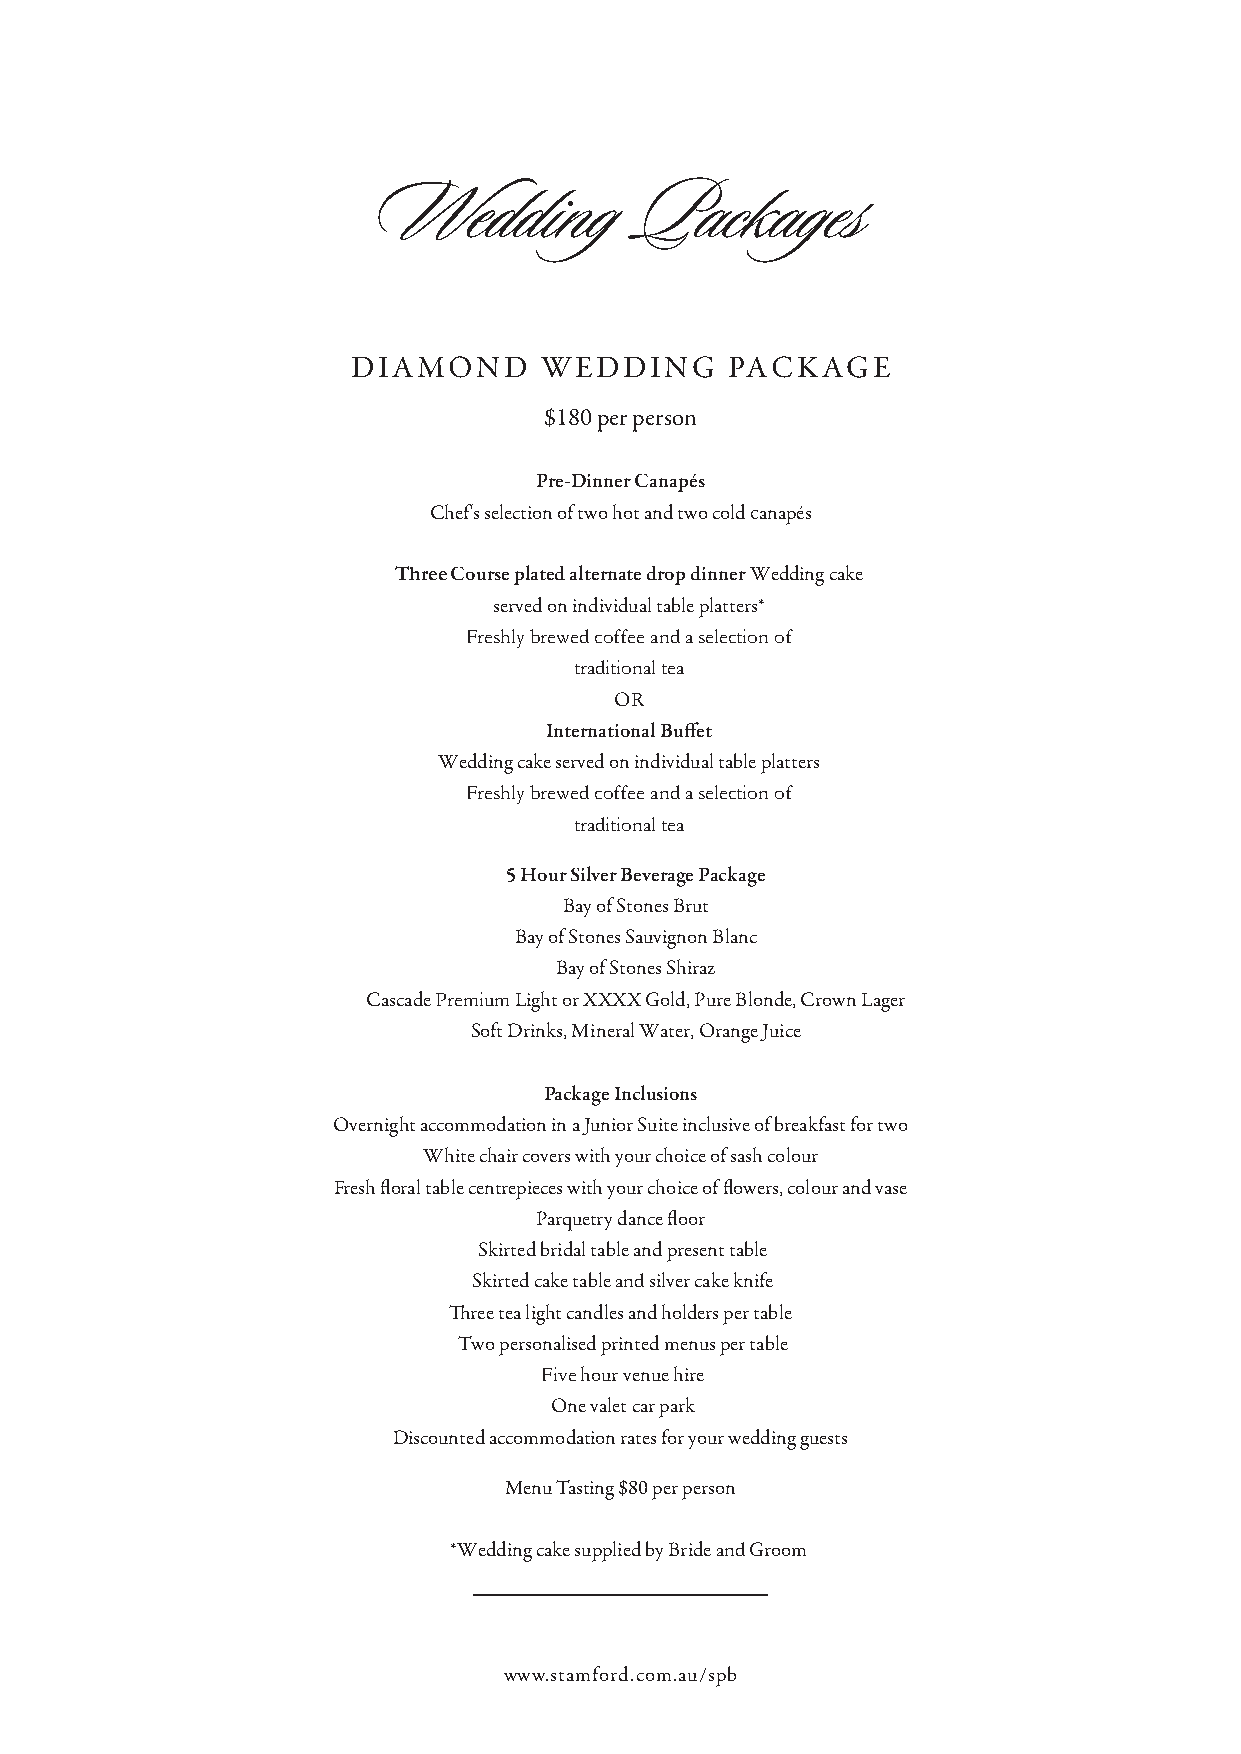
Wedding          Packages
 DIAMOnD      WEDDInG     PACKAGE
 $180 per person
 Pre-Dinner Canapés
 Chef's selection of two hot and two cold canapés
 Three Course plated alternate drop dinner Wedding cake
 served on individual table platters*
 Freshly brewed coffee and a selection of
 traditional tea
 OR
 International Buffet
 Wedding cake served on individual table platters
 Freshly brewed coffee and a selection of
 traditional tea
 5 Hour Silver Beverage Package
 Bay of Stones Brut
 Bay of Stones Sauvignon Blanc
 Bay of Stones Shiraz
 Cascade Premium Light or XXXX Gold, Pure Blonde, Crown Lager
 Soft Drinks, Mineral Water, Orange Juice
 Package Inclusions
 Overnight accommodation in a Junior Suite inclusive of breakfast for two
 White chair covers with your choice of sash colour
 Fresh floral table centrepieces with your choice of flowers, colour and vase
 Parquetry dance floor
 Skirted bridal table and present table
 Skirted cake table and silver cake knife
 ree tea light candles and holders per table
 Two personalised printed menus per table
 Five hour venue hire
 One valet car park
 Discounted accommodation rates for your wedding guests
 Menu Tasting $80 per person
 *Wedding cake supplied by Bride and Groom
 www.stamford.com.au/spb